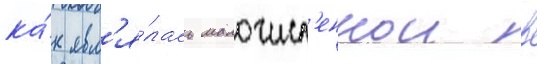
ка́к явл'я́лась малочисл'еннои в